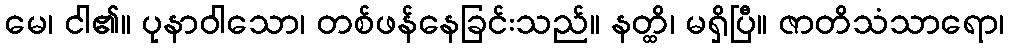
မေ၊ ငါ၏။ ပုနာဝါသော၊ တစ်ဖန်နေခြင်းသည်။ နတ္ထိ၊ မရှိပြီ။ ဇာတိသံသာရော၊